Report of the Indian Hemp Drugs Commission, 1894-1895 - Volume V
Year: 1894
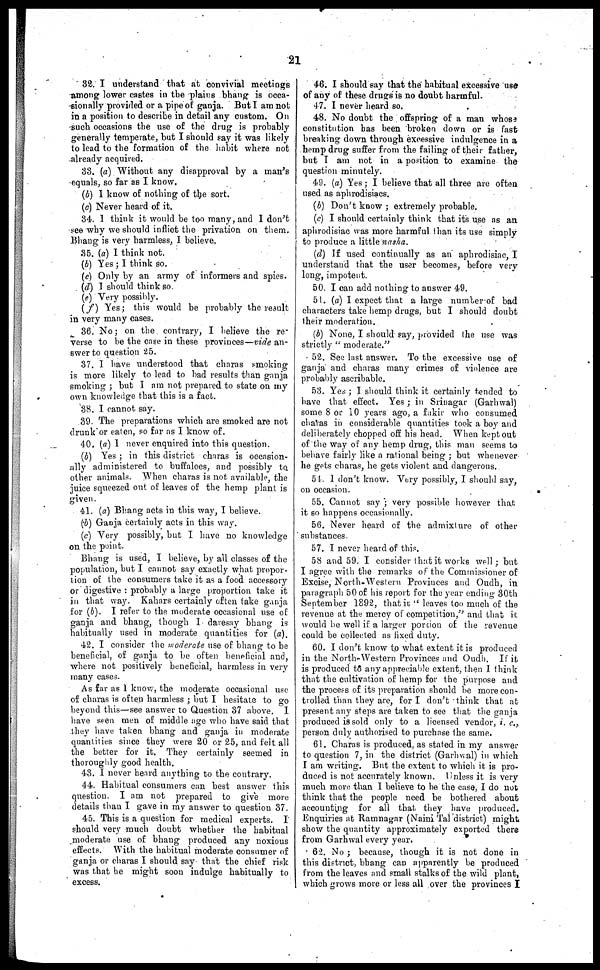
21
82. I understand that at convivial meetings
among lower castes in the plains bhang is occa-
sionally provided or a pipe of ganja. But I am not
in a position to describe in detail any custom. On
such occasions the use of the drug is probably
generally temperate, but I should fay it was likely
to lead to the formation of the habit where not
already acquired.
33. (a) Without any disapproval by a man's
equals, so far as I know.
(b) I know of nothing of the sort.
(c) Never heard of it.
34. 1 think it would be too many, and I don't
see why we should inflict the privation on them.
Bhang is very harmless, I believe.
35. (a) I think not.
(b) Yes; I think so.
(c) Only by an army of informers and spies.
(d) I should think so.
(e) Very possibly.
(f)
Yes; this would be probably the result
in very many cases.
36. No; on the contrary, I believe the re-
verse to be the case in these provinces—vide an-
swer to question 25.
37. 1 have understood that charas smoking
is more likely to lead to bad results than ganja
smoking; but I am not prepared to state on my
own knowledge that this is a fact.
38. I cannot say.
39. The preparations which are smoked are not
drunk"or eaten, so far as I know of.
4 0. (o) I never enquired into this question.
(b) Yes; in this district charas is occasion-
ally administered to buffaloes, and possibly to
other animals. When charas is not available, the
juice squeezed out of leaves of the hemp plant is
given.
41. (a) Bhang acts in this way, I believe.
(b) Ganja certainly acts in this way.
(c) Very possibly, but I have no knowledge
on the point.
Bhang is used, I believe, by all classes of the
population, but I cannot say exactly what propor-
tion of the consumers take it as a food accessory
or digestive: probably a large proportion take it
in that way. Kahars certainly often take ganja
for (b). I refer to the moderate occasional use of
ganja and bhang, though I daresay bhang is
habitually used in moderate quantities for (a).
42. I consider the moderate use of bhang to be
beneficial, of ganja to be often beneficial and,
where not positively beneficial, harmless in very
many cases.
As far as I know, the moderate occasional use
of charas is often harmless; but I hesitate to go
beyond this—see answer to Question 37 above. I
have sten men of middle age who have said that
they have taken bhang and ganja in moderate
quantities since they were 20 or 25, and feit all
the better for it. They certainly seemed in
thoroughly good health.
43. I never heard anything to the contrary.
44. Habitual consumers can best answer this
question. I am not prepared to give more
details than I gave in my answer to question 37.
45. This is a question for medical experts. I
should very much doubt whether the habitual
moderate use of bhang produced any noxious
effects. With the habitual moderate consumer of
ganja or charas I should say that the chief risk
was that he might soon indulge habitually to
excess.
46. I should say that the habitual excessive use
of any of these drugs is no doubt harmful.
47. I never heard so.
48. No doubt the offspring of a man whose
constitution has been broken down or is fast
breaking down through excessive indulgence in a
hemp drug suffer from the failing of their father,
but I am not in a position to examine the
question minutely.
49. (a) Yes; I believe that all three are often
used as aphrodisiacs.
(b) Don't know; extremely probable.
(c) I should certainly think that it's use as an
aphrodisiac was more harmful than its use simply
to produce a little nasha.
(d) If used continually as an aphrodisiac, I
understand that the user becomes, before very
long, impotent.
50. I can add nothing to answer 49.
51. (a) I expect that a large number of bad
characters take hemp drugs, but I should doubt
their moderation.
(b) None, I should say, provided the use was
strictly "moderate."
52. See last answer. To the excessive use of
ganja and charas many crimes of violence are
probably ascribable.
53. Yes; I should think it certainly tended to
have that effect. Yes; in Srinagar (Garhwal)
some 8 or 10 years ago, a fakir who consumed
charas in considerable quantities took a boy and
deliberately chopped off his head. When kept out
of the way of any hemp drug, this man seems to
behave fairly like a rational being; but whenever
he gets charas, he gets violent and dangerous.
51. I don't know. Very possibly, I should say,
on occasion.
55. Cannot say; very possible however that
it so happens occasionally.
56. Never heard of the admixture of other
substances.
57. I never heard of this.
5S and 59. I consider that it works well; but
I agree with the remarks of the Commissioner of
Excise, North-Western Provinces and Oudh, in
paragraph 50 of his report for the year ending 30th
September 1892, that it "leaves too much of the
revenue at the mercy of competition," and that it
would be well if a larger porsion of the revenue
could be collected as fixed duty.
60. I don't know to what extent it is produced
in the North-Western Provinces and Oudh. If it
is produced to any appreciable extent, then I think
that the cultivation of hemp for the purpose and
the process of its preparation should be more con-
trolled than they are, for I don't think that at
present any steps are taken to see that the ganja
produced is sold only to a licensed vendor, i. c.,
person duly authorised to purchase the same.
61. Charas is produced, as stated in my answer
to question 7, in the district (Garhwal) in which
I am writing. But the extent to which it is pro-
duced is not accurately known. Unless it is very
much more than I believe to he the case, I do not
think that the people need be bothered about
accounting for all that they have produced.
Enquiries at Ramnagar (Naini Tal district) might
show the quantity approximately exported there
from Garhwal every year,
62. No; because, though it is not done in
this district, bhang can apparently be produced
from the leaves and small stalks of the wild plant,
which grows more or less all over the provinces I